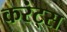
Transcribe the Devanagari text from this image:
करंट्स